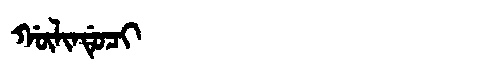
Manchu: ᡤᡡᠯᡳᠨᡩᡠᠴᡳ
Romanization: GŪLINDUCI